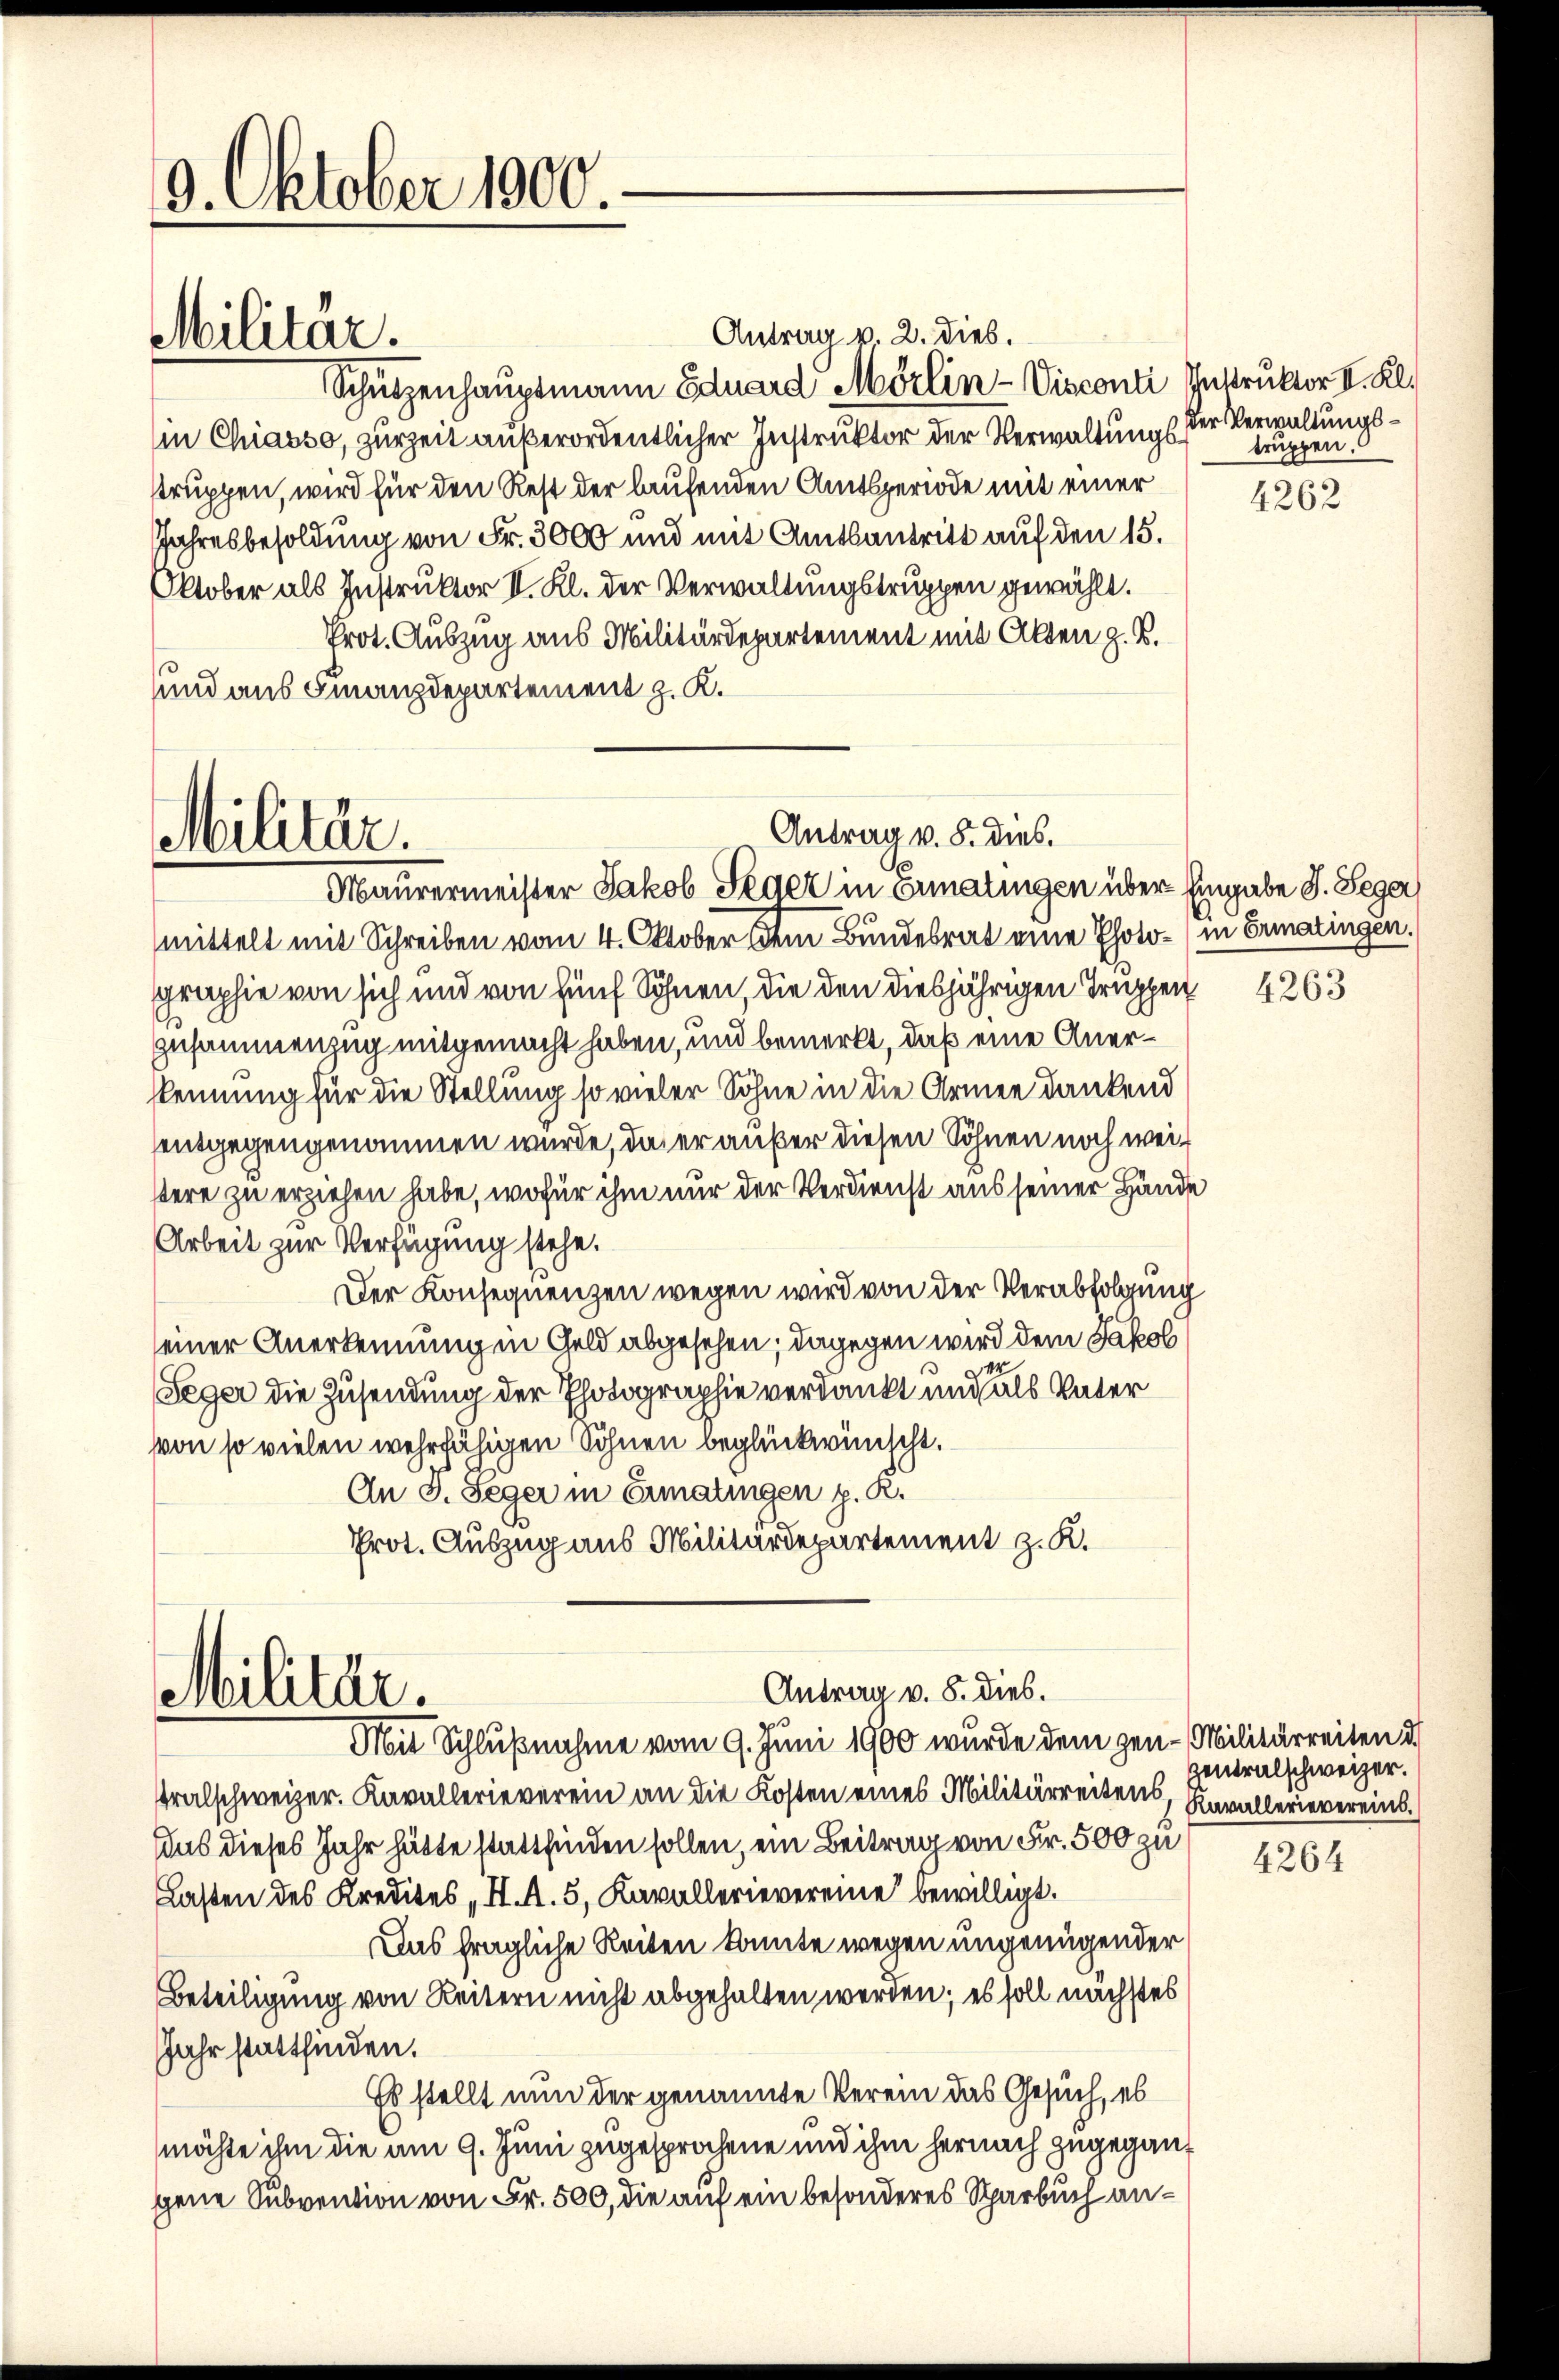
9. Oktober 1900.

Militär.

Antrag v. 2. Dieb.
Schützenhauptmann Eduard Mörlin-Visconti Instruktor II. Kl.
in Chiasso, zurzeit außerordentlicher Instruktor der Verwaltungsstruppen, wird für den Rest der laufenden Amtsperiode mit einer
Jahresbesoldung von Fr. 3000 und mit Amtsantritt auf den 15.
Oktober als Instruktor II. Kl. der Verwaltungstruppen gewählt.
Prot. Auszug aus Militärdepartement mit Akten z. B.
sund aus Finanzdepartement z. K.

Antrag v. 8. dies.
Militär.
Maurermeister Jakob Seger in Ermatingen über Eingabe I. Seger,

Antrag v. 8. dies.
Militär.
Mit Schlußnahme vom 9. Juni 1900 wurde dem gen - Militärreiten d

mittelt mit Schreiben vom 4. Oktober dem Bundesrat eine Photo- (in Ermatingen.
graphie von sich und von fünf Söhnen, die den diesjährigen Truppen
Zusammenzug mitgemacht haben, und bemerkt, daß eine Anerskennung für die Stellung so vieler Söhne in die Armee dankend
entgegengenommen würde, das er außer diesen Söhnen noch weistere zu erziehen habe, wofür ihm nur der Verdienst aus seiner Hände
Arbeit zur Verfügung stehe.
Der Konsequenzen wegen wird von der Verabfolgung
einer Anerkennung in Geld abgesehen; dagegen wird dem Jakob
Leger die Zusendung der Photographie verdankt und als Vater
von so vielen wehrfähigen Söhnen beglückwünscht.
An I. Seger in Ermatingen p. R.
Prot. Auszug aus Militärdepartement z. K.

der Verwaltungstruppen.

Tralschweizer. Kavallerieverein an die Kosten eines Militärreitens, Kavallerievereinsius dieses Jahr hätte stattfinden sollen, ein Beitrag von Fr. 500 zu
Lasten des Kredites, II. A. 5, Kavallerievereine bewilligt.
Das fragliche Reiten konnte wegen ungenügender
Beteiligung von Reitern nicht abgehalten werden; es soll nächstes
Jahr stattfinden.
Es stellt nun der genannte Verein das Gesuch, es
möchte ihm die am 9. Juni zugesprochene und ihm hernach zugegangene Subvention von Fr. 500, die auf ein besonderes Sparbuch an¬

4262

4263

Zentralschweizer.

4264